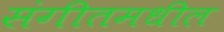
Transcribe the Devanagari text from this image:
संगीतमधील